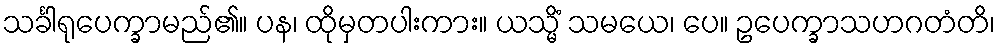
သင်္ခါရုပေက္ခာမည်၏။ ပန၊ ထိုမှတပါးကား။ ယသ္မိံ သမယေ၊ ပေ။ ဥပေက္ခာသဟဂတံတိ၊